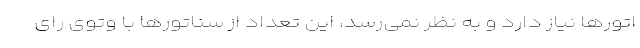
اتورها نیاز دارد و به نظر نمی‌رسد، این تعداد از سناتورها با وتوی رای